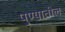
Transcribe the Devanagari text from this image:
पु्ण्यातील